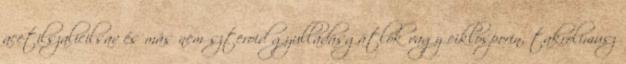
acetilszalicilsav és más nem szteroid gyulladásgátlók vagy ciklosporin, takrolimusz